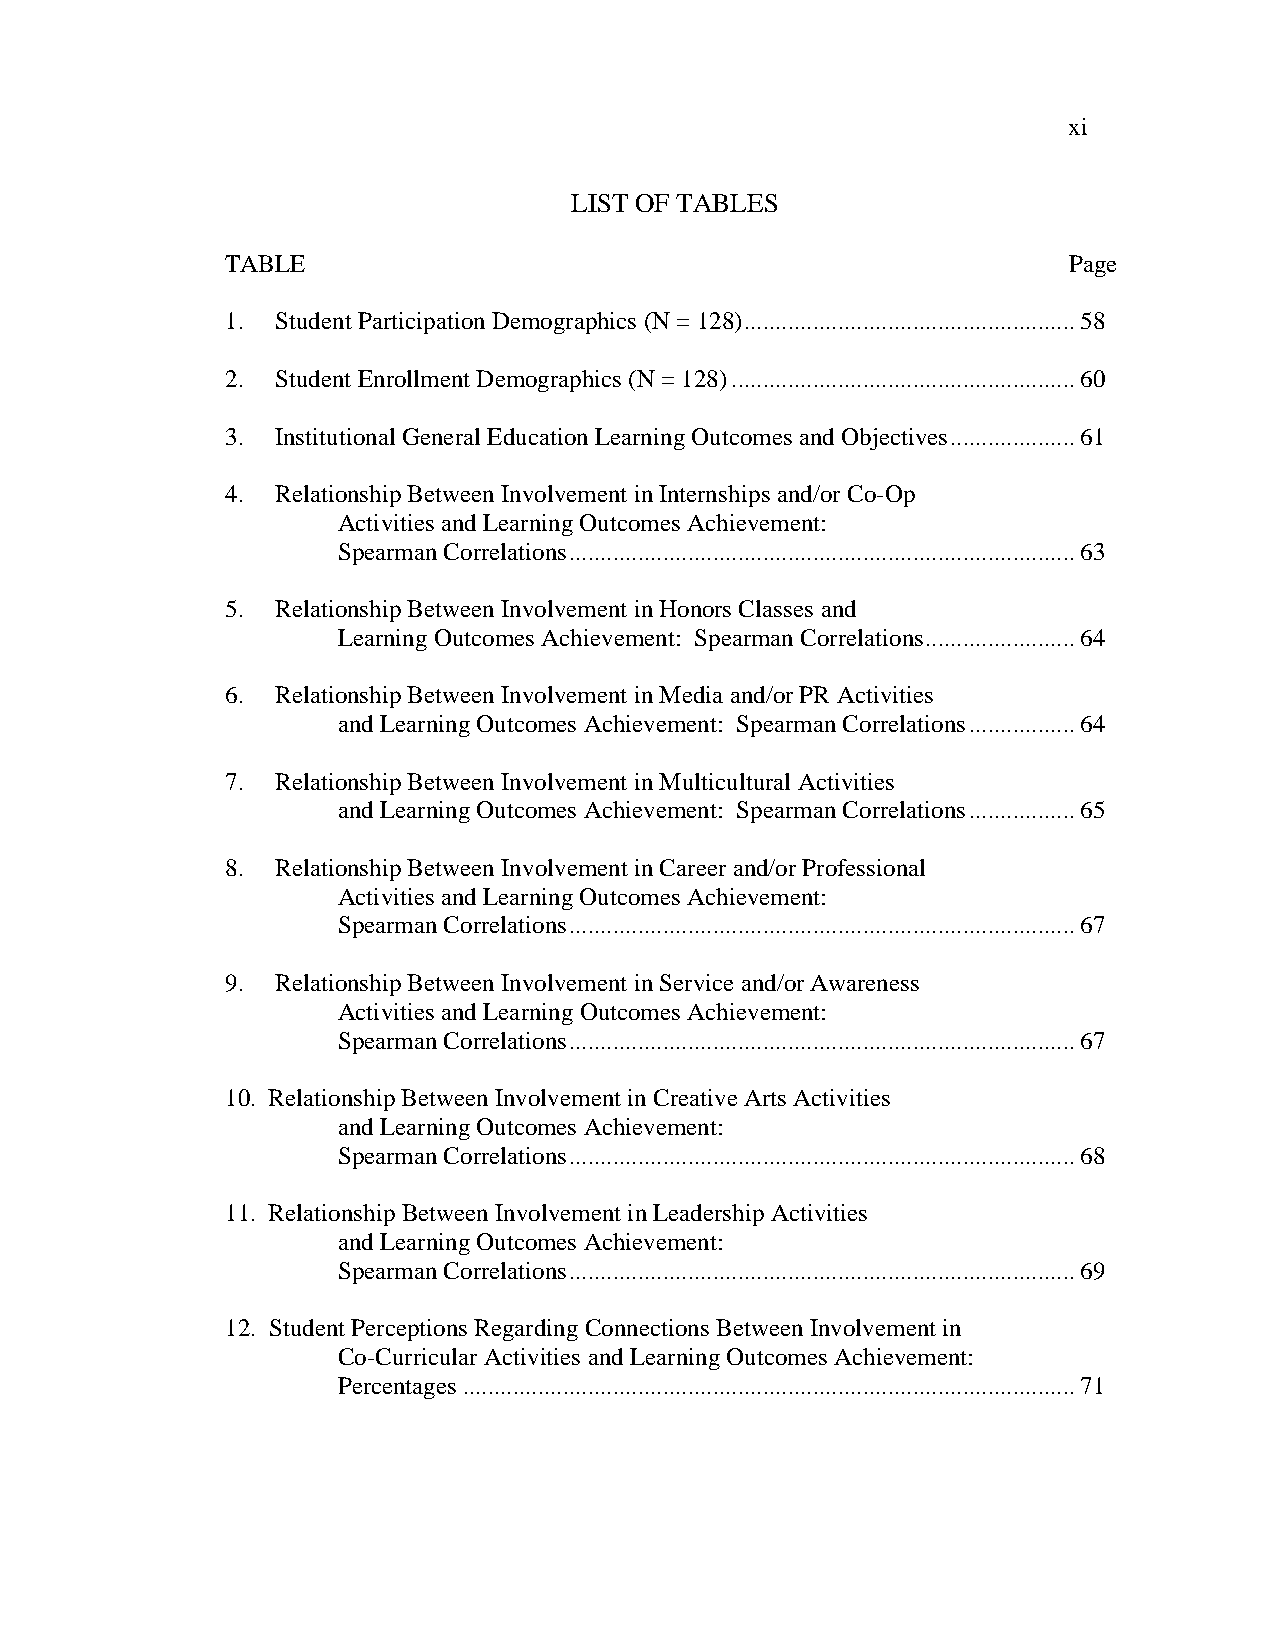
xi
 LIST OF TABLES
 TABLE                                                   Page
 1. Student Participation Demographics (N = 128) ..................................................... 58
 2. Student Enrollment Demographics (N = 128) ....................................................... 60
 3. Institutional General Education Learning Outcomes and Objectives .................... 61
 4. Relationship Between Involvement in Internships and/or Co-Op
 Activities and Learning Outcomes Achievement:
 Spearman Correlations ................................................................................. 63
 5. Relationship Between Involvement in Honors Classes and
 Learning Outcomes Achievement: Spearman Correlations ........................ 64
 6. Relationship Between Involvement in Media and/or PR Activities
 and Learning Outcomes Achievement: Spearman Correlations ................. 64
 7. Relationship Between Involvement in Multicultural Activities
 and Learning Outcomes Achievement: Spearman Correlations ................. 65
 8. Relationship Between Involvement in Career and/or Professional
 Activities and Learning Outcomes Achievement:
 Spearman Correlations ................................................................................. 67
 9. Relationship Between Involvement in Service and/or Awareness
 Activities and Learning Outcomes Achievement:
 Spearman Correlations ................................................................................. 67
 10. Relationship Between Involvement in Creative Arts Activities
 and Learning Outcomes Achievement:
 Spearman Correlations ................................................................................. 68
 11. Relationship Between Involvement in Leadership Activities
 and Learning Outcomes Achievement:
 Spearman Correlations ................................................................................. 69
 12. Student Perceptions Regarding Connections Between Involvement in
 Co-Curricular Activities and Learning Outcomes Achievement:
 Percentages .................................................................................................. 71